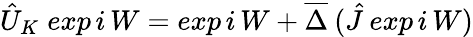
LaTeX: \hat{U}_{K}\; exp\, i\, W=exp\, i\, W+\overline{{{\Delta}}}\: (\hat{J}\: exp\, i\, W)